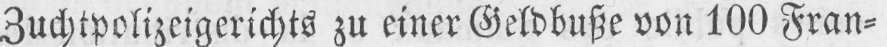
Zuchtpolizeigerichts zu einer Geldbuße von 100 Frank⸗